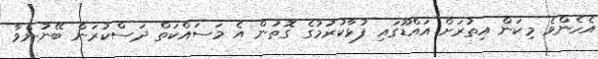
އެހެންވެ މިކަން އިތުރަށް އައްޑޫގައި ފުޅާކުރުމުގެ ގޮތުން އެ މަސައްކަތް ދަސްކުރަން ބޭނުންވާ